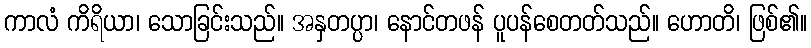
ကာလံ ကိရိယာ၊ သောခြင်းသည်။ အနှတပ္ပာ၊ နောင်တဖန် ပူပန်စေတတ်သည်။ ဟောတိ၊ ဖြစ်၏။